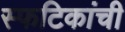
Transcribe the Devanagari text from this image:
स्फटिकांची